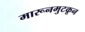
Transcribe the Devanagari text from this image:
मारूनमुटकून